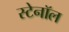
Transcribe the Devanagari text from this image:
स्टेनॉल